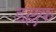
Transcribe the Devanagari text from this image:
डल्लक